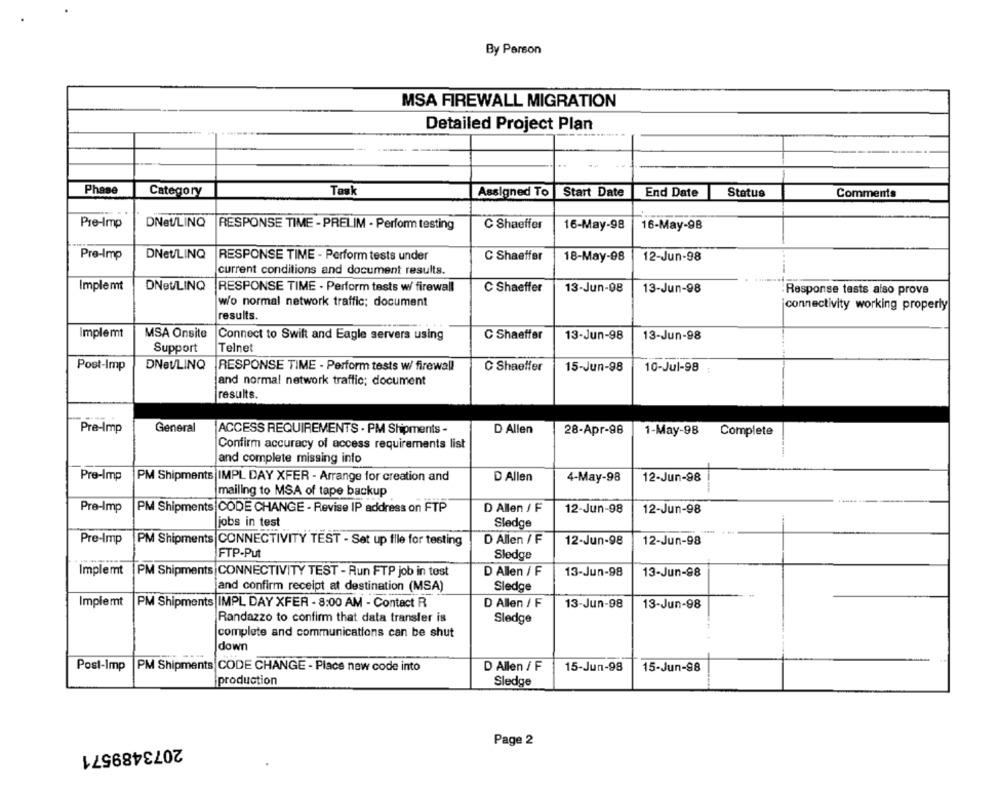
By Person
MSA FIREWALL MIGRATION
Detailed Project Plan
-------
Phase
Task
Category
Assigned To Start Date
End Date
Status
Comments
Pre-Imp
DNet/LINQ
RESPONSE TIME - PRELIM - Perform testing
C Shaeffer
16-May-98
16-May-9B
Pre-Imp
DNetLINQ
RESPONSE TIME - Perform tests under
C Shaeffør
18-May-98
12-Jun-98
current conditions and document results.
Implemt
DNBVLINQ
RESPONSE TIME - Perform tests w/ firewall
C Shaeffer
13-Jun-08
13-Jun-98
Response tests also prove
w/o normal network traffic; document
connectivity working properly
results.
Implemt
MSA Onsite
Connect to Swilt and Eagle servers using
C Shaeffer
13-Jun-98
13-Jun-98
Support
Telnet
DNOULINQ
Post-Imp
RESPONSE TIME - Perform tests w/ firewall
C Shaeffer
15-Jun-98
10-Jul-98 :
and normal network traffic; document
results.
Pre-Imp
General
ACCESS REQUIREMENTS . PM Shipments -
D Allen
28-Apr-98
1-May-98 Complete
Confirm accuracy of access requirements list
and complete missing into
Pre-Imp
PM Shipments IMPL DAY XFER - Arrange for creation and
D Allen
4-May-98
12-Jun-98
mailing to MSA of tape backup
Pre-Imp
PM Shipments CODE CHANGE - Revise IP address on FTP
D Allen / F
12-Jun-98
12-Jun-98
obs in test
Sledge
Pre-Imp
PM Shipments CONNECTIVITY TEST - Set up file for testing
D Allen / F
12-Jun-98
12-Jun-98
FTP-Put
Sledge
Implemt
PM Shipments |CONNECTIVITY TEST - Run FTP job in test
D Allen / F
13-Jun-98
13-Jun-98
and confirm receipt at destination (MSA)
Sledge
Implemt
PM Shipments| IMPL DAY XFER - 8:00 AM - Contact R
D Allen / F
13-Jun-98
13-Jun-98
Randazzo to confirm that data transfer is
Sledge
complete and communications can be shut
down
Post-Imp
PM Shipments CODE CHANGE - Place new code into
D Allen / F
15-Jun-98
15-Jun-98
production
Sledge
Page 2
2073489571